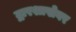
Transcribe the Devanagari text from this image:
द्वारशाखेवर